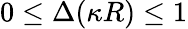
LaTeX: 0\leq\Delta(\kappa R)\leq 1